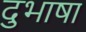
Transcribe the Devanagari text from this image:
दुभाषा